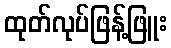
ထုတ်လုပ်ဖြန့်ဖြူး